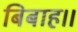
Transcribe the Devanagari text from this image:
बिबाह।।